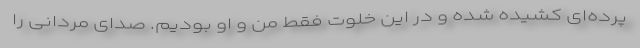
پرده‌ای کشیده شده و در این خلوت فقط من و او بودیم. صدای مردانی را